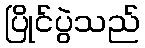
ပြိုင်ပွဲသည်